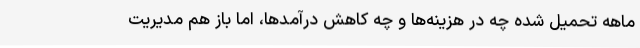
ماهه تحمیل شده چه در هزینه‌ها و چه کاهش درآمدها، اما باز هم مدیریت